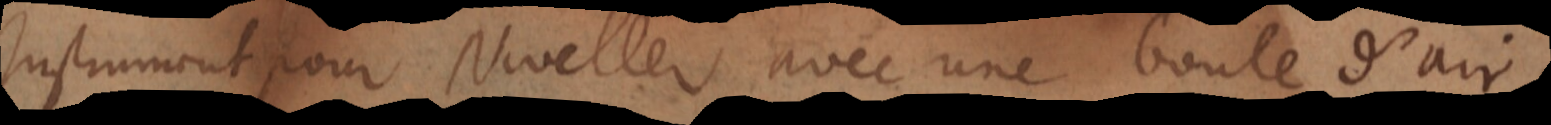
Instrument pour Niveller avec une boule d’air.